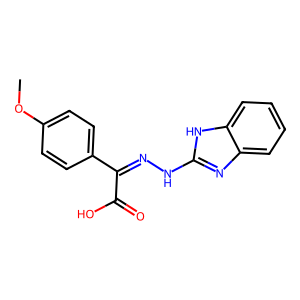
SMILES: COc1ccc(C(=NNc2nc3ccccc3[nH]2)C(=O)O)cc1
Inhibits HIV replication: No